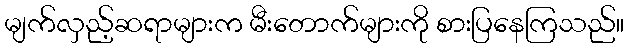
မျက်လှည့်ဆရာများက မီးတောက်များကို စားပြနေကြသည်။